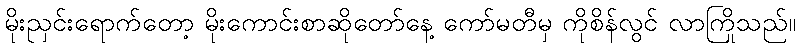
မိုးညှင်းရောက်တော့ မိုးကောင်းစာဆိုတော်နေ့ ကော်မတီမှ ကိုစိန်လွင် လာကြိုသည်။